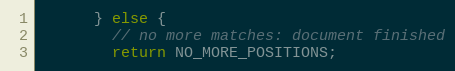
Language: Java
      } else {
        // no more matches: document finished
        return NO_MORE_POSITIONS;